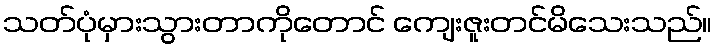
သတ်ပုံမှားသွားတာကိုတောင် ကျေးဇူးတင်မိသေးသည်။